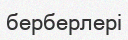
берберлері